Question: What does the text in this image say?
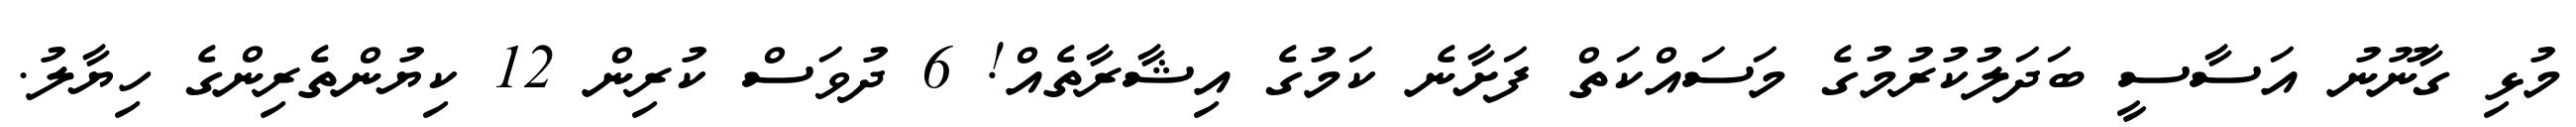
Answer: މުޅި ގާނޫނު އަސާސީ ބަދަލުކުރުމުގެ މަސައްކަތް ފަށާނެ ކަމުގެ އިޝާރާތެއް! 6 ދުވަސް ކުރިން 12 ކިޔުންތެރިންގެ ހިޔާލު.